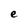
Character: e